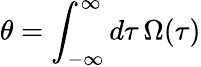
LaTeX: \theta=\int_{-\infty}^{\infty}d\tau\, \Omega(\tau)